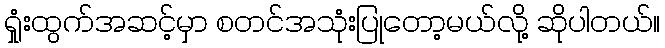
ရှုံးထွက်အဆင့်မှာ စတင်အသုံးပြုတော့မယ်လို့ ဆိုပါတယ်။